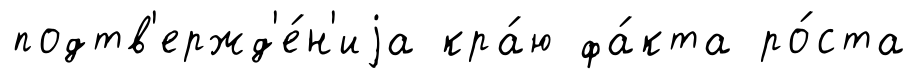
подтв'ержд'е́н'иjа кра́ю фа́кта ро́ста